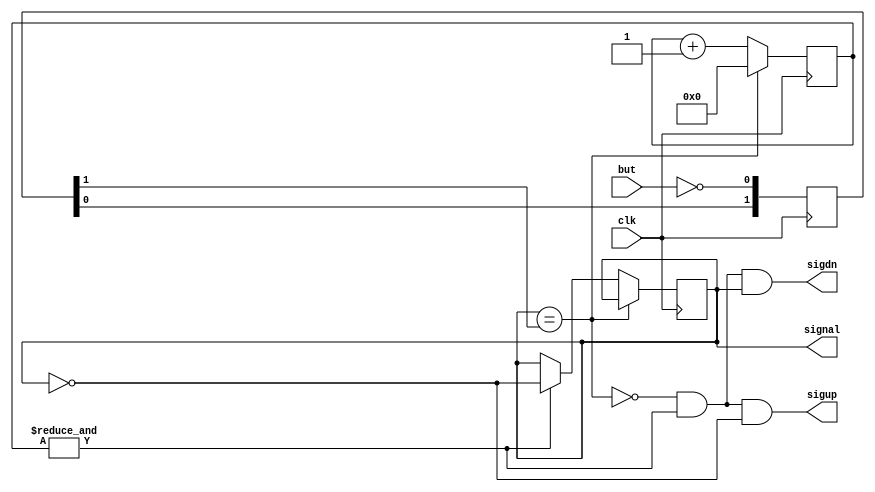
//   
module debounce(
	input			clk,
	input			but,
	output reg	signal,
   output      sigup,
   output      sigdn
);

reg [1:0]   insig;
reg [15:0]  cnt;
wire        cnt_max = &cnt;

always @(posedge clk) begin
	insig[0] <= ~but; insig[1] <= insig[0];
end

wire idle = (signal == insig[1]);

always @(posedge clk) begin
   if(idle)
      cnt <= 16'b0;
   else begin
      cnt <= cnt + 1'b1;
      if(cnt_max)
         signal <= ~signal;
   end
end

assign sigdn = ~idle & cnt_max & signal;
assign sigup = ~idle & cnt_max & ~signal;

endmodule